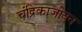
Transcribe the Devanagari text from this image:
चंद्रिकाजीवन